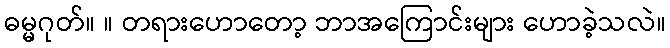
ဓမ္မဂုတ်။ ။ တရားဟောတော့ ဘာအကြောင်းများ ဟောခဲ့သလဲ။